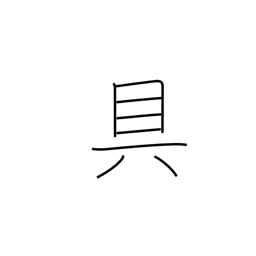
Meaning: means